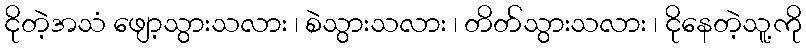
ငိုတဲ့အသံ ဖျော့သွားသလား ၊ စဲသွားသလား ၊ တိတ်သွားသလား ၊ ငိုနေတဲ့သူ့ကို